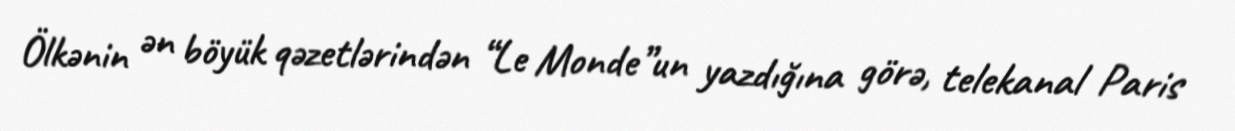
Ölkənin ən böyük qəzetlərindən “Le Monde”un yazdığına görə, telekanal Paris